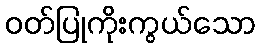
ဝတ်ပြုကိုးကွယ်သော